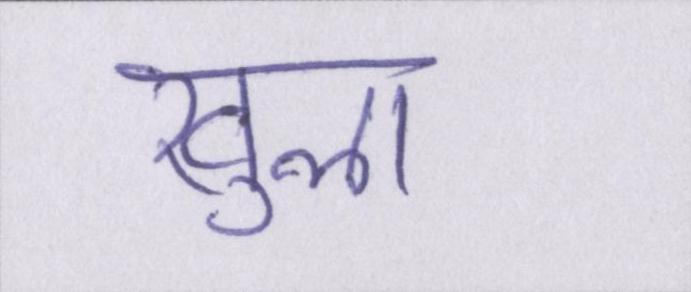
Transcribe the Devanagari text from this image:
खुला।